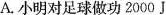
A.小明对足球做功2000J